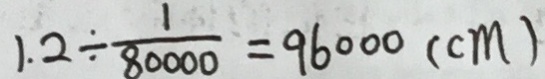
1 . 2 \div \frac { 1 } { 8 0 0 0 0 } = 9 6 0 0 0 ( c m )